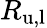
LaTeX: R_{\mathrm{u,l}}